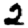
Digit: 2